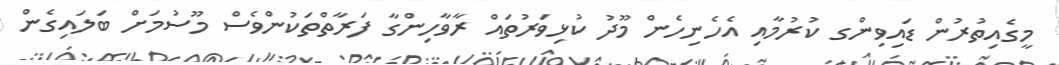
މީގެއިތުރުން ޑައިވިންގ ކުރުމާއި އެހެނިހެން މޫދު ކުޅިވަރުތައް ރާވާހިންގާ ފަރާތްތަކުންވެސް މޫސުމަށް ބަލައިގެން